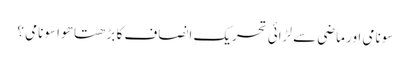
سونامی اور ماضی سے لڑائی	تحریکِ انصاف کا بڑھتا ھوا سونامی ؟